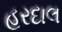
હરદાલ